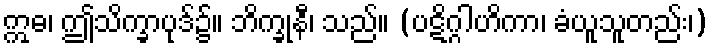
ဣဓ၊ ဤသိက္ခာပုဒ်၌။ ဘိက္ခုနီ၊ သည်။ (ပဋိဂ္ဂါဟိကာ၊ ခံယူသူတည်း၊)